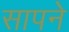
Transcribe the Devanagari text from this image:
सापने